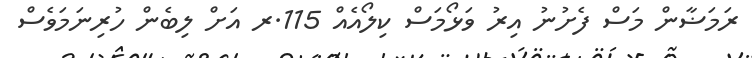
ރަމަޟާން މަސް ފެށުނު އިރު ވަޅޯމަސް ކިލޯއެއް 115.ރ އަށް ލިބެން ހުރިނަމަވެސް